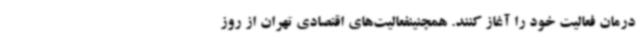
درمان فعالیت خود را آغاز کنند. همچنینفعالیت‌های اقتصادی تهران از روز